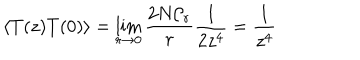
\langle T ( z ) T ( 0 ) \rangle = \lim _ { r \rightarrow 0 } \frac { 2 N { \cal C } _ { r } } { r } \frac { 1 } { 2 z ^ { 4 } } = \frac { 1 } { z ^ { 4 } }